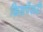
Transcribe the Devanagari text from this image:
डिसपेंसरी